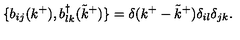
\{ b _ { i j } ( k ^ { + } ) , b _ { l k } ^ { \dagger } ( { \tilde { k } } ^ { + } ) \} = \delta ( k ^ { + } - { \tilde { k } } ^ { + } ) \delta _ { i l } \delta _ { j k } .